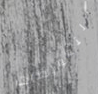
التعويضات